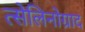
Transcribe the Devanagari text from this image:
त्सेलिनोग्राद